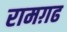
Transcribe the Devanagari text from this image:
रामग़ढ